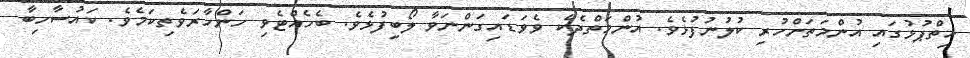
ހިތްޕުޅުގައި އުންމަތަށްހުރި ކުލުނުފުޅެވެ. އުންމަތްދެކެ ވެވަޑައިގަންނަވާ ލޯބިފުޅެވެ. ބެހެއްޓެވި ހަންހާރަވެތިކަމެވެ. ކައުސާހިބާ